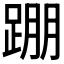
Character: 𨂃